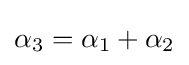
\alpha _{3}=\alpha _{1}+\alpha _{2}